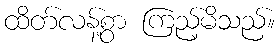
ထိတ်လန့်စွာ ကြည့်မိသည်။